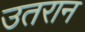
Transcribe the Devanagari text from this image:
उतरान